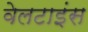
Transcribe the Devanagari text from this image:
वेलटाइंस